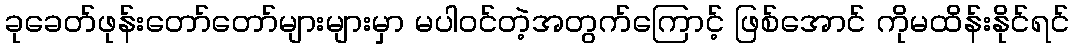
ခုခေတ်ဖုန်းတော်တော်များများမှာ မပါဝင်တဲ့အတွက်ကြောင့် ဖြစ်အောင် ကိုမထိန်းနိုင်ရင်